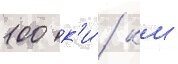
100 к'и́/ км -